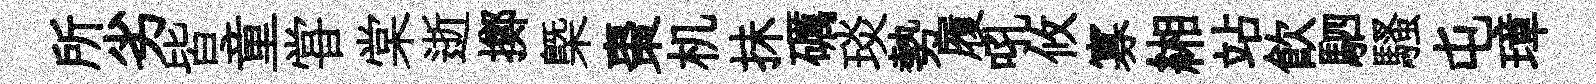
所劣皆童甞棠逝擲槩棗机抺礪琰勢履吼攸寡緗站飲駟騷屯璋